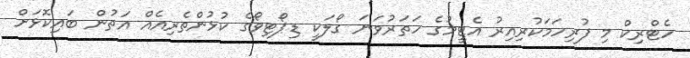
ހެޓްރިކް މި ފުރިހަމަކުރިއިރު އެޓީމުގެ ހަތަރުވަނަ ގޯލަކީ ޑިޕޯޓިވޯގެ ކުޅުންތެރިއެއް އަތުން ބައިކޮޅަށް